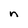
Character: n